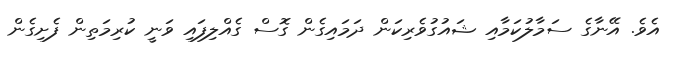
އެވެ. އޭނާގެ ސަމާލުކަމާއި ޝައުގުވެރިކަން ދަމައިގެން ގޮސް ގެއްލިފައި ވަނީ ކުރިމަތިން ފެށިގެން